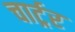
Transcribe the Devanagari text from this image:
चार्ट्रर